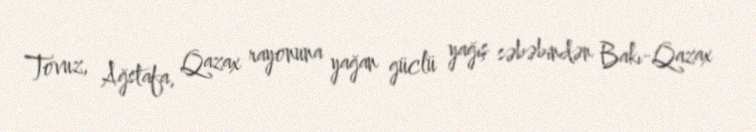
Tovuz, Ağstafa, Qazax rayonuna yağan güclü yağış səbəbindən Bakı-Qazax